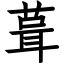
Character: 葺